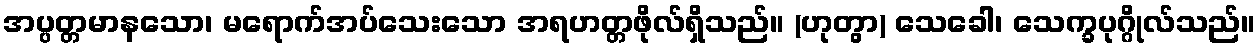
အပ္ပတ္တမာနသော၊ မရောက်အပ်သေးသော အရဟတ္တဖိုလ်ရှိသည်။ (ဟုတွာ) သေခေါ၊ သေက္ခပုဂ္ဂိုလ်သည်။